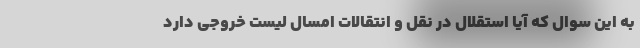
به این سوال که آیا استقلال در نقل و انتقالات امسال لیست خروجی دارد